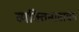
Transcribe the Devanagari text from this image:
व्यक्तिनावाचेच